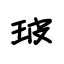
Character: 玻